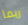
ربما